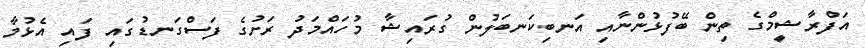
އަފްރާޝީމްގެ ތިން ބޭފުޅުންނާއި އަނބިކަނބަލުން ގުރައިޝާ މުހައްމަދު ރަށުގެ ފަސްގަނޑުގައި ފައި އެޅުމާ